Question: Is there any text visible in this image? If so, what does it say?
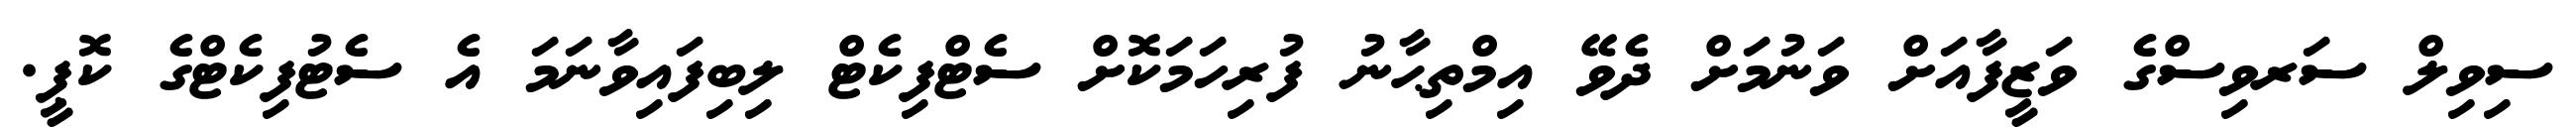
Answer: ސިވިލް ސަރވިސްގެ ވަޒީފާއަށް ވަނުމަށް ދެވޭ އިމްތިޙާނު ފުރިހަމަކޮށް ސެޓްފިކެޓް ލިބިފައިވާނަމަ އެ ސެޓުފިކެޓްގެ ކޮޕީ.